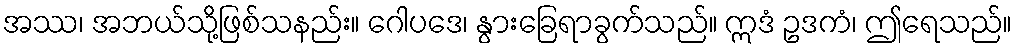
အဿ၊ အဘယ်သို့ဖြစ်သနည်း။ ဂေါပဒေ၊ နွားခြေရာခွက်သည်။ ဣဒံ ဥဒကံ၊ ဤရေသည်။